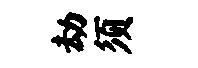
劫须